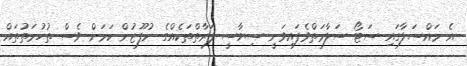
އެ މައްސަލާގައި ސަޓޯ ސަލާމަތްވެފައިވަނީ ސިޔާސީ ފަރާތްތަކެއްގެ ނުފޫޒުން ކަމަށް ވެސް ތުހުމަތުތައް